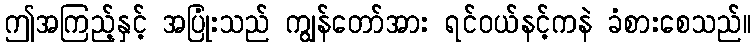
ဤအကြည့်နှင့် အပြုံးသည် ကျွန်တော်အား ရင်ဝယ်နင့်ကနဲ ခံစားစေသည်။